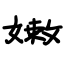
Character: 嫩